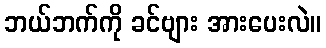
ဘယ်ဘက်ကို ခင်ဗျား အားပေးလဲ။